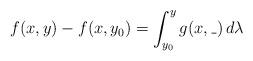
LaTeX: \begin{align*}f(x,y) - f(x,y_0) = \int_{y_0}^y g(x,\_) \,d\lambda\end{align*}